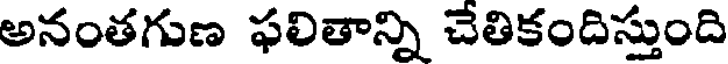
అనంతగుణ ఫలితాన్ని చేతికందిస్తుంది